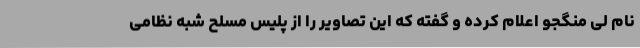
نام لی منگجو اعلام کرده و گفته که این تصاویر را از پلیس مسلح شبه نظامی